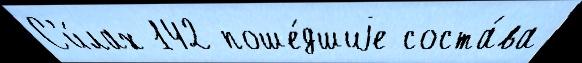
С'и́лах 142 поше́дшиjе соста́ва